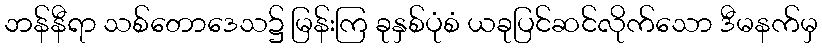
ဘန်နီရာ သစ်တောဒေသ၌ မြန်းကြ ခုနှစ်ပုံစံ ယခုပြင်ဆင်လိုက်သော ဒီမနက်မှ